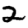
Digit: 2